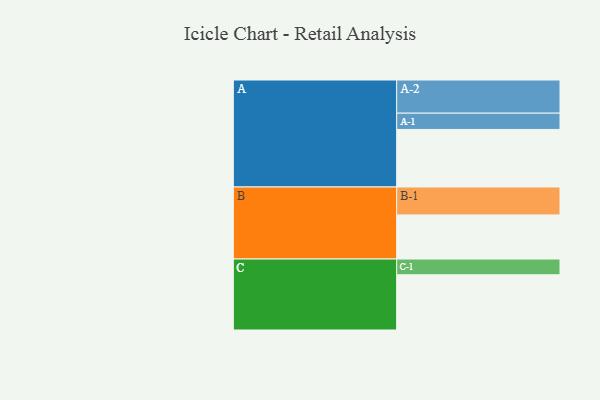
{"axis": {"x": "Segment", "y": "Value"}, "legend": ["", "A", "B", "C"], "data": [{"x": "A", "y": 420, "type": ""}, {"x": "B", "y": 322, "type": ""}, {"x": "C", "y": 403, "type": ""}, {"x": "A-1", "y": 119, "type": "A"}, {"x": "A-2", "y": 242, "type": "A"}, {"x": "B-1", "y": 204, "type": "B"}, {"x": "C-1", "y": 115, "type": "C"}]}